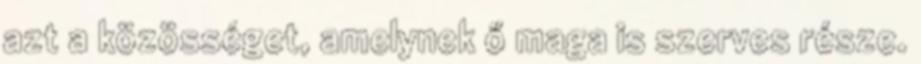
azt a közösséget, amelynek ő maga is szerves része.